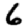
Digit: 6